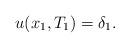
LaTeX: \begin{align*}u(x_{1},T_{1})=\delta_{1}.\end{align*}